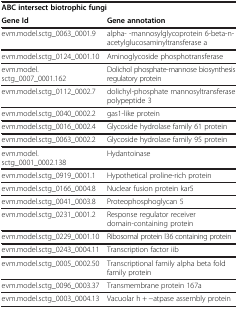
<table><thead><tr><td colspan="2"><b>ABC intersect biotrophic fungi</b></td></tr><tr><td><b>Gene Id</b></td><td><b>Gene annotation</b></td></tr></thead><tbody><tr><td>evm.model.sctg_0063_0001.9</td><td>alpha- -mannosylglycoprotein 6-beta-n-acetylglucosaminyltransferase a</td></tr><tr><td>evm.model.sctg_0124_0001.10</td><td>Aminoglycoside phosphotransferase</td></tr><tr><td>evm.model.sctg_0007_0001.162</td><td>Dolichol phosphate-mannose biosynthesis regulatory protein</td></tr><tr><td>evm.model.sctg_0112_0002.7</td><td>dolichyl-phosphate mannosyltransferase polypeptide 3</td></tr><tr><td>evm.model.sctg_0040_0002.2</td><td>gas1-like protein</td></tr><tr><td>evm.model.sctg_0016_0002.4</td><td>Glycoside hydrolase family 61 protein</td></tr><tr><td>evm.model.sctg_0063_0002.2</td><td>Glycoside hydrolase family 95 protein</td></tr><tr><td>evm.model.sctg_0001_0002.138</td><td>Hydantoinase</td></tr><tr><td>evm.model.sctg_0919_0001.1</td><td>Hypothetical proline-rich protein</td></tr><tr><td>evm.model.sctg_0166_0004.8</td><td>Nuclear fusion protein kar5</td></tr><tr><td>evm.model.sctg_0041_0003.8</td><td>Proteophosphoglycan 5</td></tr><tr><td>evm.model.sctg_0231_0001.2</td><td>Response regulator receiver domain-containing protein</td></tr><tr><td>evm.model.sctg_0229_0001.10</td><td>Ribosomal protein l36 containing protein</td></tr><tr><td>evm.model.sctg_0243_0004.11</td><td>Transcription factor iib</td></tr><tr><td>evm.model.sctg_0005_0002.50</td><td>Transcriptional family alpha beta fold family protein</td></tr><tr><td>evm.model.sctg_0096_0003.37</td><td>Transmembrane protein 167a</td></tr><tr><td>evm.model.sctg_0003_0004.13</td><td>Vacuolar h + −atpase assembly protein</td></tr></tbody></table>